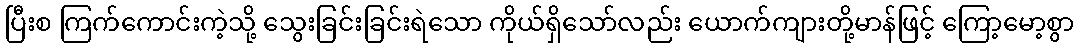
ပြီးစ ကြက်ကောင်းကဲ့သို့ သွေးခြင်းခြင်းရဲသော ကိုယ်ရှိသော်လည်း ယောက်ကျားတို့မာန်ဖြင့် ကြော့မော့စွာ